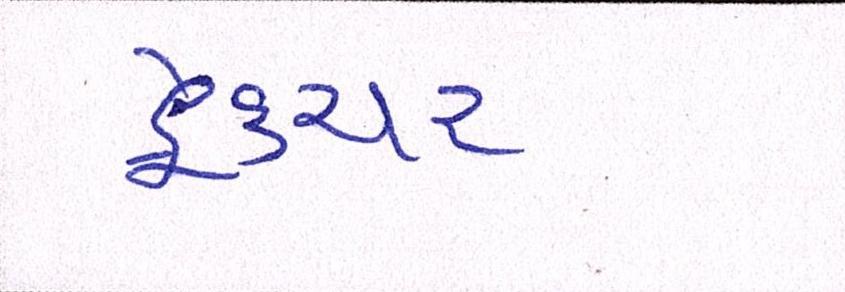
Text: ફ્રેક્ચર